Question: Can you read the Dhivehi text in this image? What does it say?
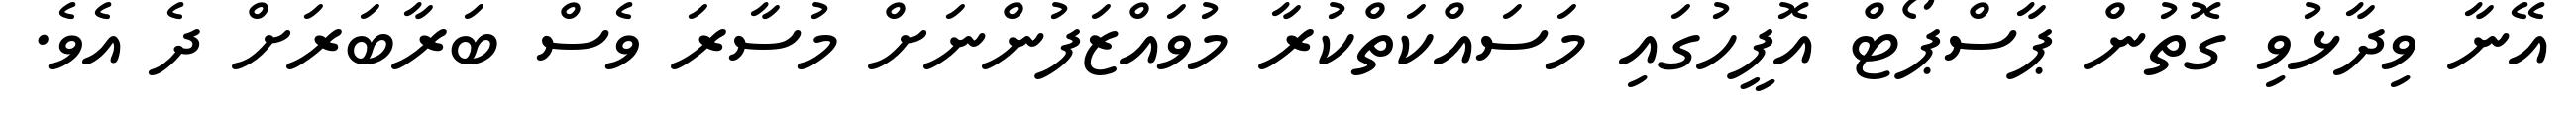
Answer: އޭނާ ވިދާޅުވި ގޮތުން ޕާސްޕޯޓް އޮފީހުގައި މަސައްކަތްކުރާ މުވައްޒަފުންނަށް މުސާރަ ވެސް ބަރާބަރަށް ދެ އެވެ.